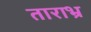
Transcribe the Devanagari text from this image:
ताराभ्र